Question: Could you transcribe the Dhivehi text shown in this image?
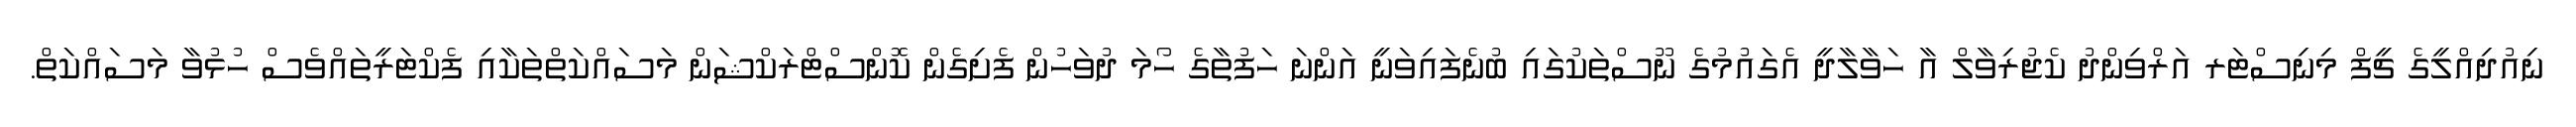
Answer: ނިއުދިއްލީގެ ޗީފް މިނިސްޓަރ އަރްވިންދު ކެޖުރިވާލް އާ ހަވާލާދީ އެގައުމުގެ ނޫސްތަކުގައި ބުނެފައިވަނީ އަންނަ ހަފުތާގެ ހޯމަ ދުވަހުން ފެށިގެން ކޮންސްޓްރަކްޝަން މަސައްކަތްތަކާއި ފެކްޓަރީތައްވެސް ހުޅުވާ މަސައްކަތް.